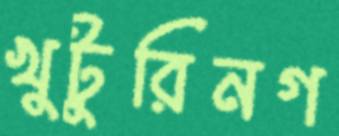
খুটুরিনগ